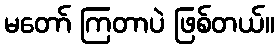
မတော် ကြတာပဲ ဖြစ်တယ်။